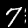
Label: 7